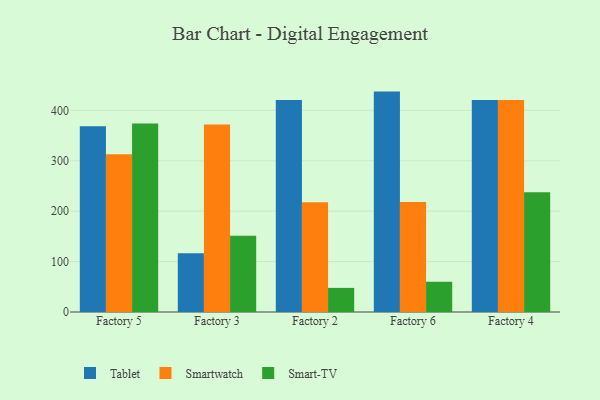
{"axis": {"x": "Factory", "y": "Headcount"}, "legend": ["Smart-TV", "Smartwatch", "Tablet"], "data": [{"x": "Factory 5", "y": 368.4, "type": "Tablet"}, {"x": "Factory 5", "y": 312.7, "type": "Smartwatch"}, {"x": "Factory 5", "y": 374.0, "type": "Smart-TV"}, {"x": "Factory 3", "y": 116.7, "type": "Tablet"}, {"x": "Factory 3", "y": 371.9, "type": "Smartwatch"}, {"x": "Factory 3", "y": 151.4, "type": "Smart-TV"}, {"x": "Factory 2", "y": 420.3, "type": "Tablet"}, {"x": "Factory 2", "y": 217.7, "type": "Smartwatch"}, {"x": "Factory 2", "y": 47.8, "type": "Smart-TV"}, {"x": "Factory 6", "y": 437.1, "type": "Tablet"}, {"x": "Factory 6", "y": 218.3, "type": "Smartwatch"}, {"x": "Factory 6", "y": 60.0, "type": "Smart-TV"}, {"x": "Factory 4", "y": 420.2, "type": "Tablet"}, {"x": "Factory 4", "y": 420.6, "type": "Smartwatch"}, {"x": "Factory 4", "y": 237.6, "type": "Smart-TV"}]}